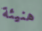
هنيئة